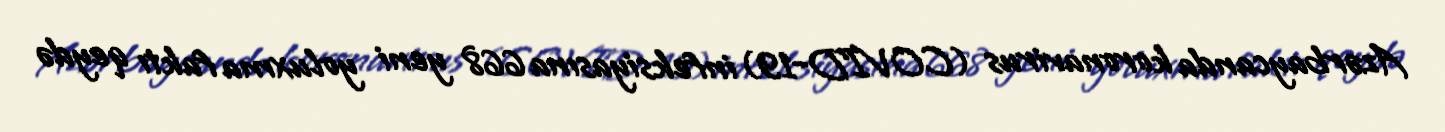
Azərbaycanda koronavirus (COVID-19) infeksiyasına 668 yeni yoluxma faktı qeydə